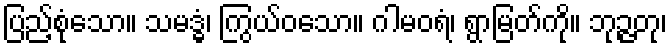
ပြည့်စုံသော။ သမဒ္ဓံ၊ ကြွယ်ဝသော။ ဂါမဝရံ၊ ရွာမြတ်ကို။ ဘုဉ္ဇတု၊